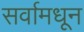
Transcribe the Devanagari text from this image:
सर्वामधून